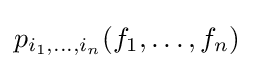
p_{i_{1},\ldots ,i_{n}}(f_{1},\ldots ,f_{n})